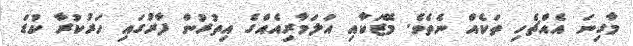
މާގިނަ އެއްޗެހި ތަކެއް ނެތެވެ. މޭޒަކާއި އަލަމާރިއެއްގެ އިތުރުން ފާރުގައި ހަރުކުރާ ކުޑަ